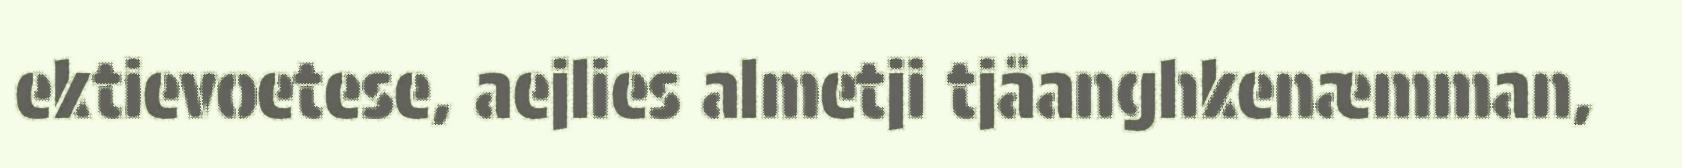
ektievoetese, aejlies almetji tjåanghkenæmman,